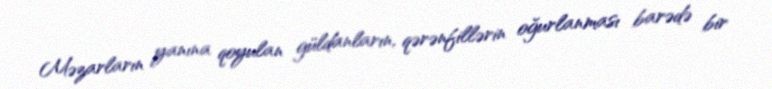
Məzarların yanına qoyulan güldanların, qərənfillərin oğurlanması barədə bir